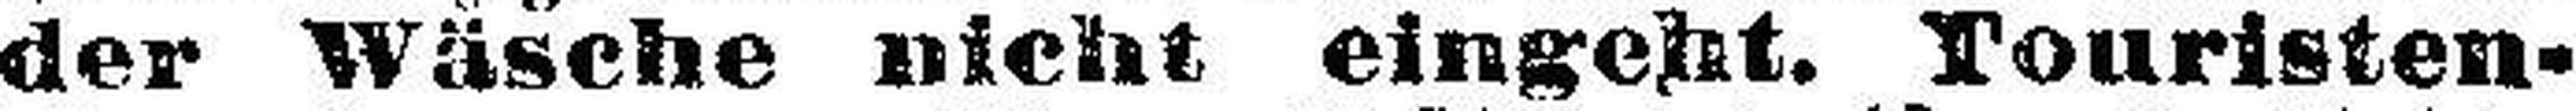
der Wäsche nicht eingent. Touristen=